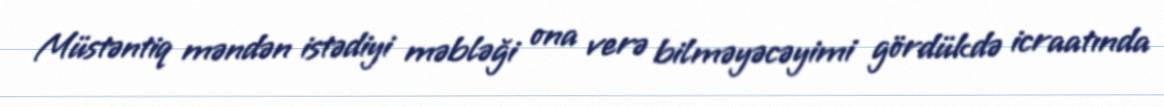
Müstəntiq məndən istədiyi məbləği ona verə bilməyəcəyimi gördükdə icraatında